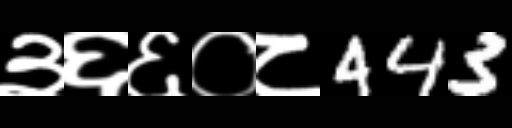
Text: ३६६०८443